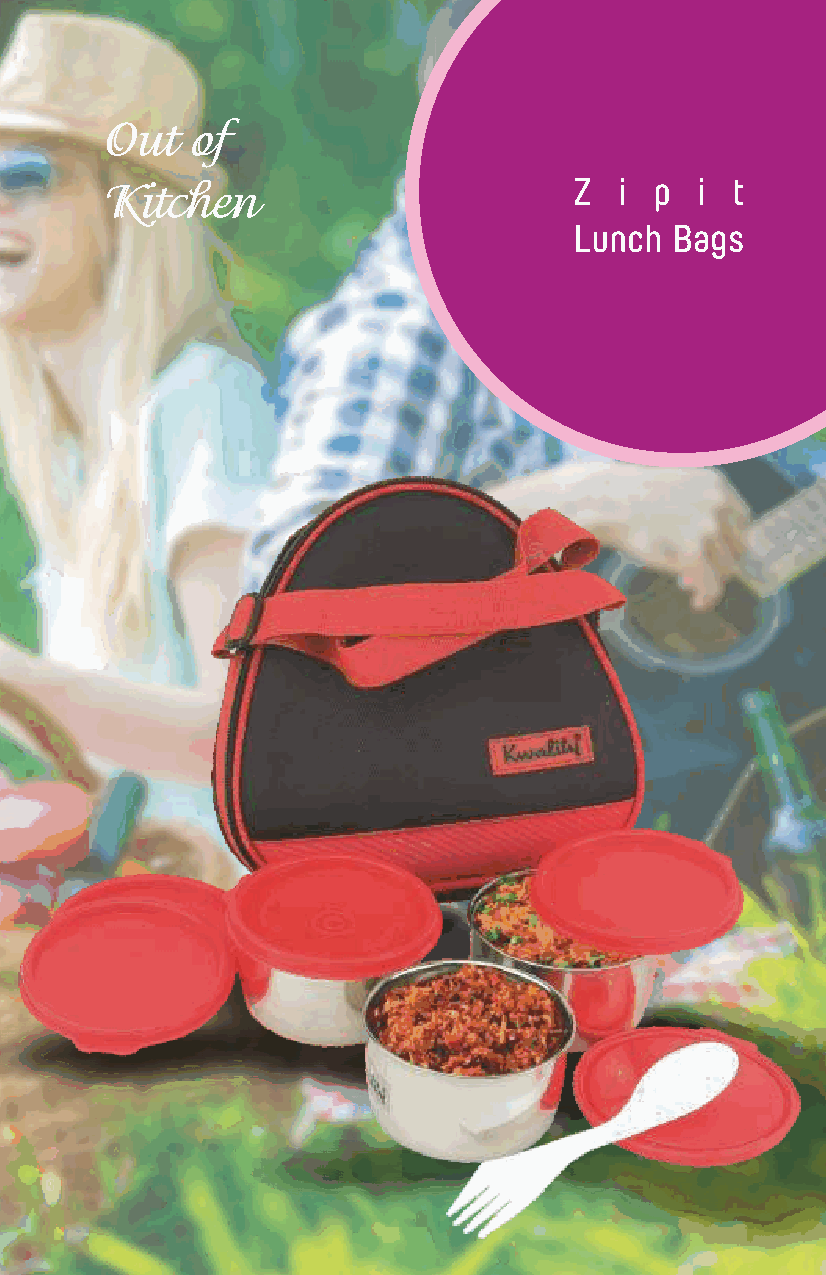
Out   of
 Kitchen                        Z  i p  i t
 Lunch Bags